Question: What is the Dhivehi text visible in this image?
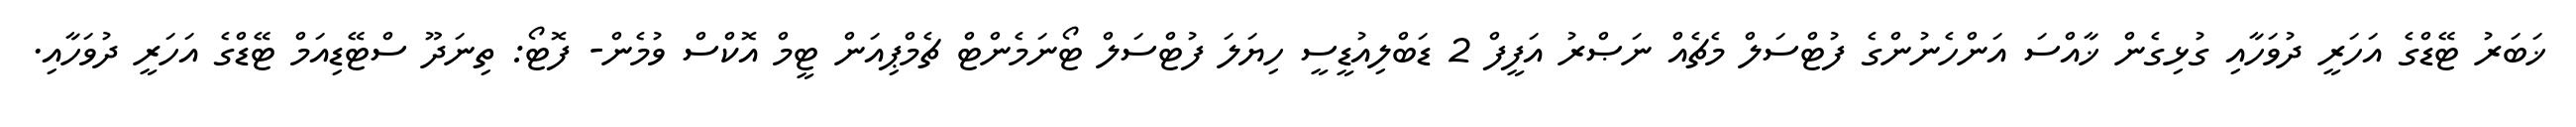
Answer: ޚަބަރު ޓޭޑްގެ އަހަރީ ދުވަހާއި ގުޅިގެން ޚާއްސަ އަންހެނުންގެ ފުޓްސަލް މެޗެއް ނަޞްރު އަފީފް 2 ޑަބްލިއުޑީސީ ހިޔަލަ ފުޓްސަލް ޓޯނަމެންޓް ޗެމްޕިއަން ޓީމް އޮކްސް ވުމެން- ފޮޓޯ: ތިނަދޫ ސްޓޭޑިއަމް ޓޭޑްގެ އަހަރީ ދުވަހާއި.